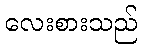
လေးစားသည်